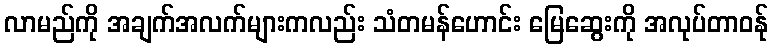
လာမည်ကို အချက်အလက်များကလည်း သံတမန်ဟောင်း မြေဆွေးကို အလုပ်တာဝန်ု